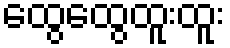
ထွေထွေထူးထူး